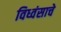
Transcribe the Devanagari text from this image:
विध्वंसाचे